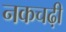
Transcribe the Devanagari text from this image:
नकचढ़ी